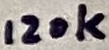
Text: 120k